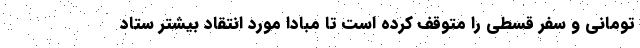
تومانی و سفر قسطی را متوقف کرده است تا مبادا مورد انتقاد بیشتر ستاد